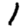
Digit: 1